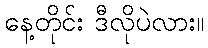
နေ့တိုင်း ဒီလိုပဲလား။